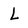
Character: L